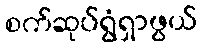
စက်ဆုပ်ရွံရှာဖွယ်